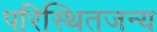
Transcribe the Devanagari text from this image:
परिस्थितजन्य